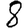
Digit: 8